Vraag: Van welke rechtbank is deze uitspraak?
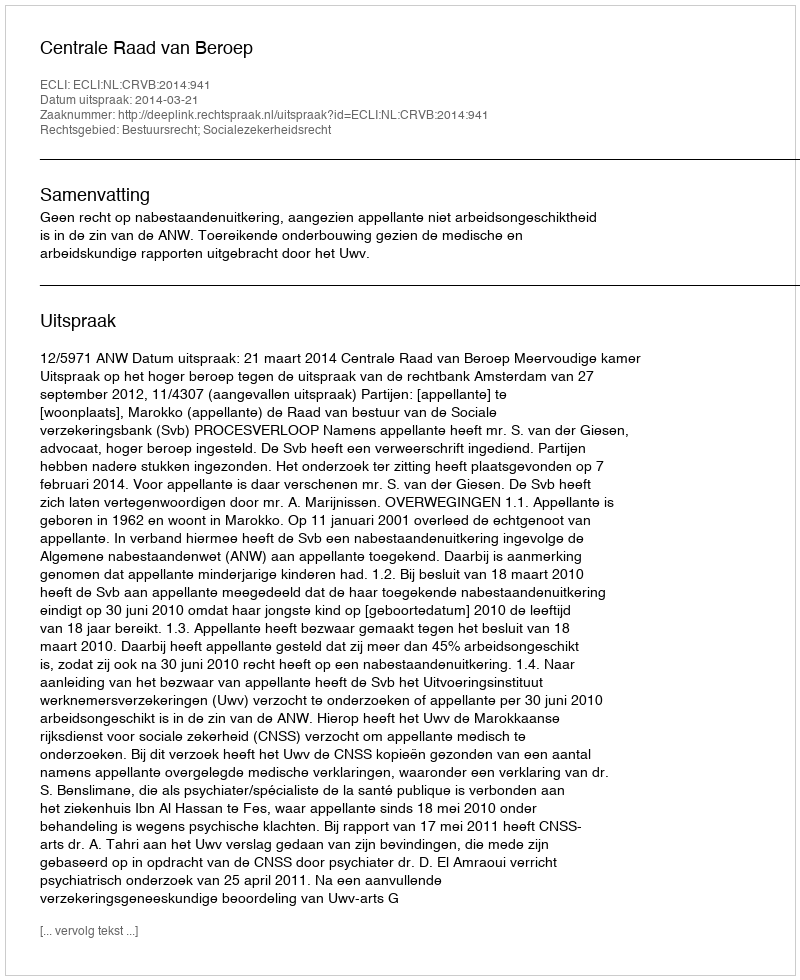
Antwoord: Centrale Raad van Beroep